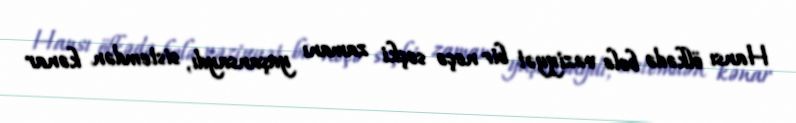
Hansı ölkədə belə vəziyyət bir neçə seçki zamanı yaşansaydı, sistemdən kənar